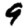
Digit: 9